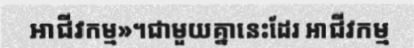
អាជីវកម្ម»។ជាមួយគ្នានេះដែរ អាជីវកម្ម